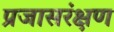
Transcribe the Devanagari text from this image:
प्रजासरंक्षण